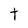
Character: t